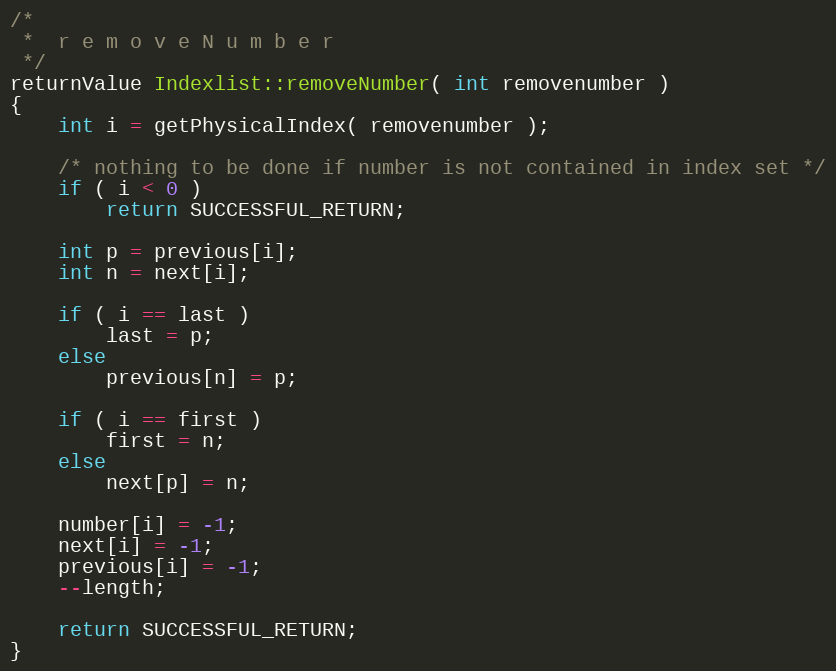
Language: C++
/*
 *	r e m o v e N u m b e r
 */
returnValue Indexlist::removeNumber( int removenumber )
{
	int i = getPhysicalIndex( removenumber );

	/* nothing to be done if number is not contained in index set */
	if ( i < 0 )
		return SUCCESSFUL_RETURN;

	int p = previous[i];
	int n = next[i];

	if ( i == last )
		last = p;
	else
		previous[n] = p;

	if ( i == first )
		first = n;
	else
		next[p] = n;

	number[i] = -1;
	next[i] = -1;
	previous[i] = -1;
	--length;

	return SUCCESSFUL_RETURN;
}